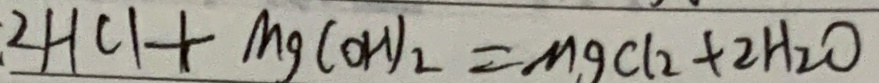
2 H C l + M g ( O H ) _ { 2 } = M g C l _ { 2 } + 2 H _ { 2 } O